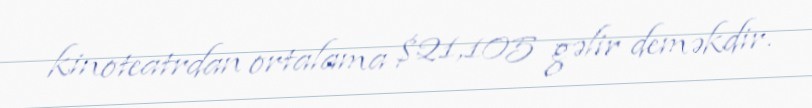
kinoteatrdan ortalama $21,105 gəlir deməkdir.